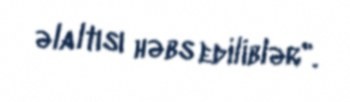
əlaltısı həbs ediliblər".